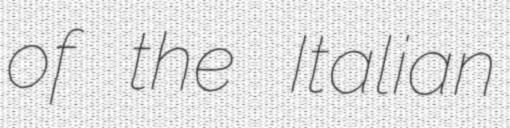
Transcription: of the Italian